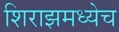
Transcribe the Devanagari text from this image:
शिराझमध्येच